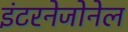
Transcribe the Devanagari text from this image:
इंटरनेजोनेल